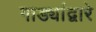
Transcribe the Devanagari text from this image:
गाड्यांद्वारे